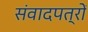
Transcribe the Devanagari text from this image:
संवादपत्रों